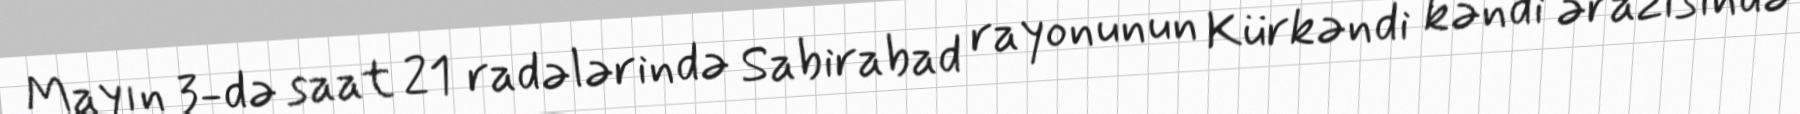
Mayın 3-də saat 21 radələrində Sabirabad rayonunun Kürkəndi kəndi ərazisində